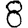
Digit: 8